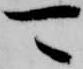
可